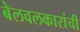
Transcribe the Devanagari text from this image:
बेलवलकारांची